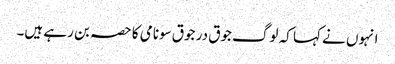
انہوں نے کہا کہ لوگ جوق در جوق سونامی کا حصہ بن رہے ہیں۔